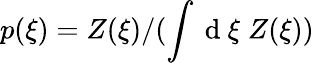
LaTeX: p(\xi)=Z(\xi)/(\int\mathrm{~d~}\xi\; Z(\xi))